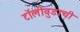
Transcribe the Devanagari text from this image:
टॉलीवुडाची